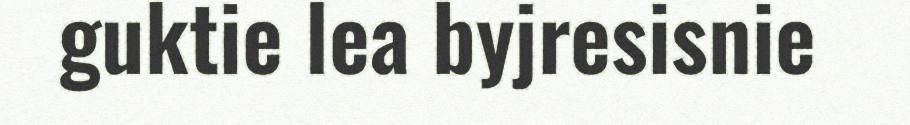
guktie lea byjresisnie